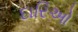
દારિઓ